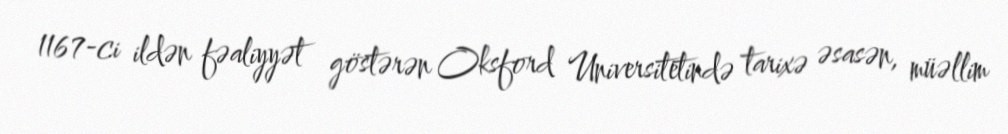
1167-ci ildən fəaliyyət göstərən Oksford Universitetində tarixə əsasən, müəllim